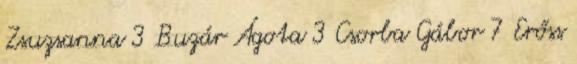
Zsuzsanna 3 Buzár Ágota 3 Csorba Gábor 7 Erőss